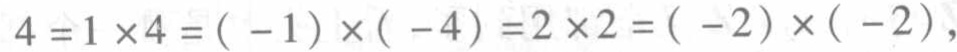
$4 = 1\times4 = (-1)\times(-4)=2\times2=(-2)\times(-2)$